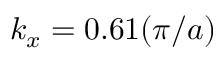
k _ { x } = 0 . 6 1 ( \pi / a )